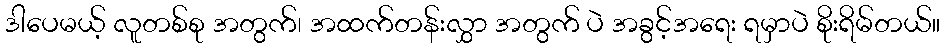
ဒါပေမယ့် လူတစ်စု အတွက်၊ အထက်တန်းလွှာ အတွက် ပဲ အခွင့်အရေး ရမှာပဲ စိုးရိမ်တယ်။